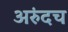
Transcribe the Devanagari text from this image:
अरुंदच